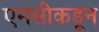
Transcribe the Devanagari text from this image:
एमसीकडून